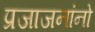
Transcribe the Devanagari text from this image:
प्रजाजनांनो